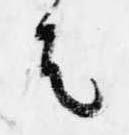
者